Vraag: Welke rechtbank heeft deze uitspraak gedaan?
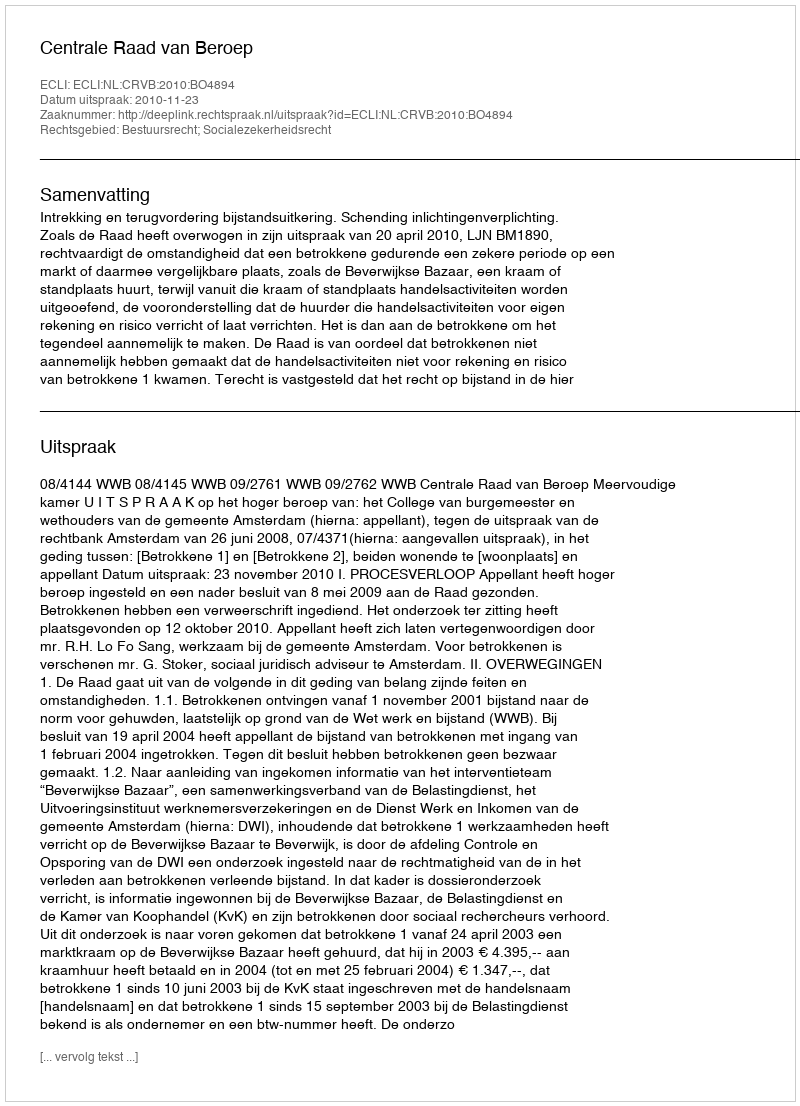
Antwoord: Centrale Raad van Beroep